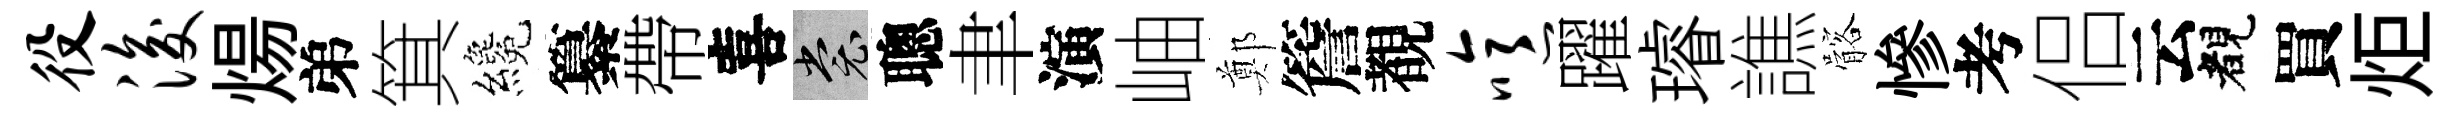
役浚煬弟箕纔纂帶喜裳聰聿演岫鄭簷覩噫躍璿譙髂慘考侣云睹買炬